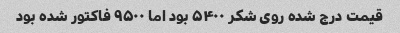
قیمت درج شده روی شکر ۵۴۰۰ بود اما ۹۵۰۰ فاکتور شده بود